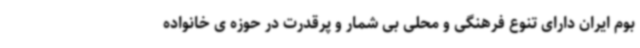
بوم ایران دارای تنوع فرهنگی و محلی بی شمار و پرقدرت در حوزه ی خانواده